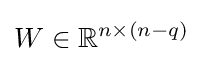
W\in \mathbb {R} ^{n\times (n-q)}